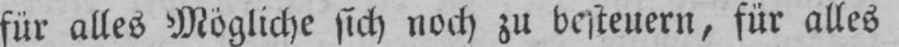
für alles Mögliche sich noch zu besteuern, für alles